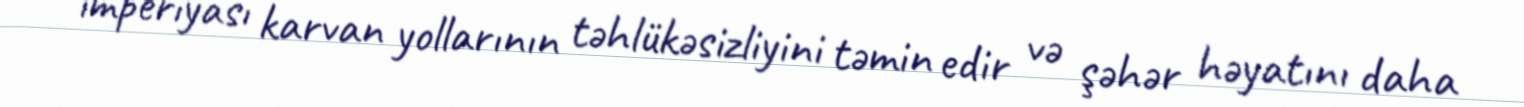
imperiyası karvan yollarının təhlükəsizliyini təmin edir və şəhər həyatını daha